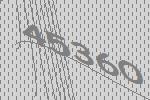
45360